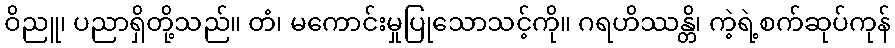
ဝိညူ၊ ပညာရှိတို့သည်။ တံ၊ မကောင်းမှုပြုသောသင့်ကို။ ဂရဟိဿန္တိ၊ ကဲ့ရဲ့စက်ဆုပ်ကုန်